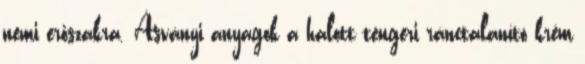
nemi erőszakra. Ásványi anyagok a halott tengeri ránctalanító krém